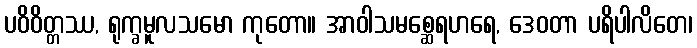
ပဝိဝိတ္တဿ, ရုက္ခမူလသမော ကုတော။ အာဝါသမစ္ဆေရဟရေ, ဒေဝတာ ပရိပါလိတေ၊